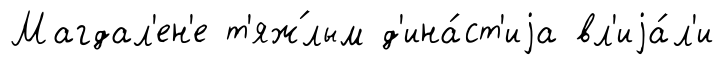
Магдал'ен'е т'яж́лым д'ина́ст'иjа вл'иjа́л'и